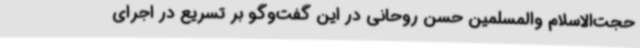
حجت‌الاسلام والمسلمین حسن روحانی در این گفت‌وگو بر تسریع در اجرای